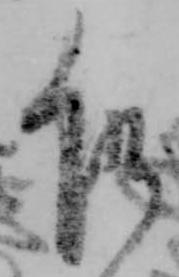
乍